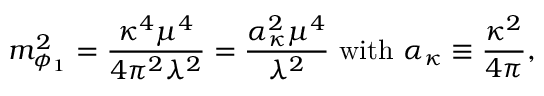
m _ { \phi _ { 1 } } ^ { 2 } = \frac { \kappa ^ { 4 } \mu ^ { 4 } } { 4 \pi ^ { 2 } \lambda ^ { 2 } } = \frac { \alpha _ { \kappa } ^ { 2 } \mu ^ { 4 } } { \lambda ^ { 2 } } ~ \mathrm { w i t h } ~ \alpha _ { \kappa } \equiv \frac { \kappa ^ { 2 } } { 4 \pi } ,